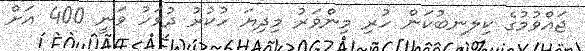
ޖައްވުމުގެ ކިލނބުކަން ހުރި މިންވަރު މިދިޔަ ހުކުރު ދުވަހު ވަނީ 400 އަށް